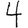
Digit: 4